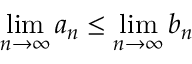
\operatorname* { l i m } _ { n \to \infty } a _ { n } \leq \operatorname* { l i m } _ { n \to \infty } b _ { n }